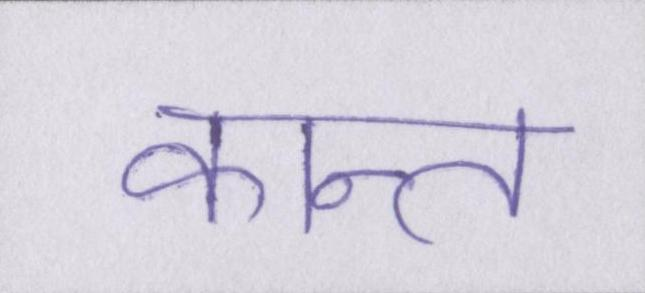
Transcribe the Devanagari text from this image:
कान्त